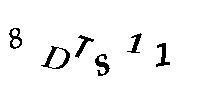
8DTS11